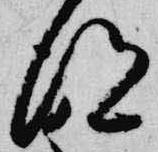
得